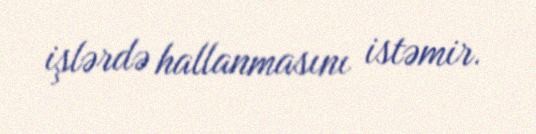
işlərdə hallanmasını istəmir.